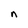
Character: n